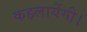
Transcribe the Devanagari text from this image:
कहलायेंगी।